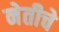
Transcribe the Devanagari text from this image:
नेतीचे